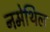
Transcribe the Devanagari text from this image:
नमेथिल